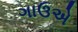
ગાઉએ